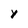
Character: Y